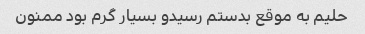
حلیم به موقع بدستم رسیدو بسیار گرم بود ممنون